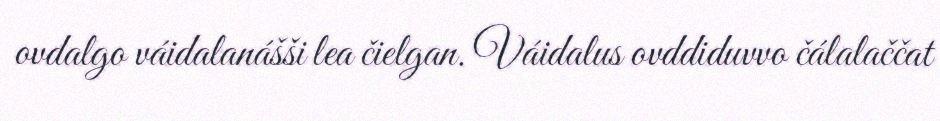
ovdalgo váidalanášši lea čielgan. Váidalus ovddiduvvo čálalaččat